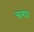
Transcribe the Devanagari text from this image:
चलाव